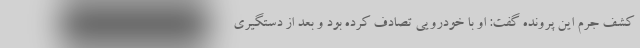
کشف جرم این پرونده گفت: او با خودرویی تصادف کرده بود و بعد از دستگیری